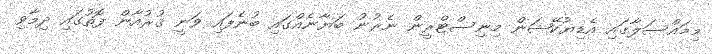
މިމައްސަލާގައި އެޑިޔުކޭޝަން މިނިސްޓްރީން ނެރުނު ބަޔާނެއްގައި ބުނެފައި ވަނީ ޤުރުއާން ފޮތުގައި ދިމާވި